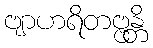
ဗျာဟရိတဗ္ဗန္တိ